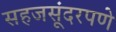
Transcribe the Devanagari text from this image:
सहजसूंदरपणे